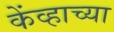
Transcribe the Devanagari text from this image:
केंव्हाच्या